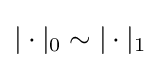
|\cdot |_{0}\sim |\cdot |_{1}